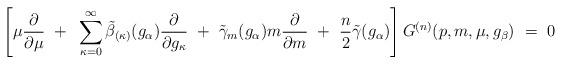
LaTeX: \begin{align*}\left[ \mu \frac{\partial}{\partial \mu} ~+~ \sum_{\kappa = 0}^\infty \tilde{\beta}_{(\kappa)}(g_\alpha) \frac{\partial}{\partial g_\kappa} ~+~ \tilde{\gamma}_m(g_\alpha) m \frac{\partial}{\partial m} ~+~ \frac{n}{2} \tilde{\gamma}(g_\alpha) \right] G^{(n)}(p,m,\mu,g_\beta) ~=~ 0 \end{align*}